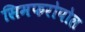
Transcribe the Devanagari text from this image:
सिमफरोपोल